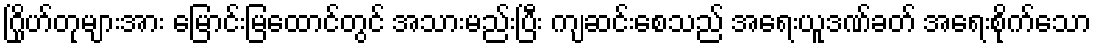
ဂြိုဟ်တုများအား မြောင်းမြထောင်တွင် အသားမည်းပြီး ကျဆင်းစေသည် အရေးယူဒဏ်ခတ် အရေးစိုက်သော